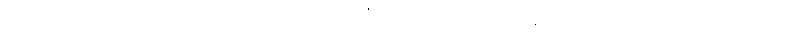
ကောသမ္ဗိသေဋ္ဌိဿ၊ ကောသမ္ဗီသဋ္ဌေးအား။ “မယာ၊ ငါရွာငယ်၌နေသော သဋ္ဌေးသည်။ တုမှေဟိ၊